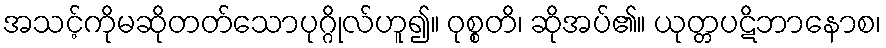
အသင့်ကိုမဆိုတတ်သောပုဂ္ဂိုလ်ဟူ၍။ ဝုစ္စတိ၊ ဆိုအပ်၏။ ယုတ္တပဋိဘာနောစ၊